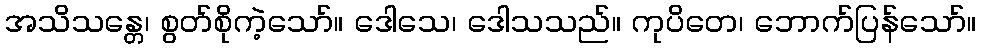
အသိသန္တေ၊ စွတ်စိုကဲ့သော်။ ဒေါသေ၊ ဒေါသသည်။ ကုပိတေ၊ ဘောက်ပြန်သော်။